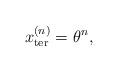
LaTeX: \begin{align*}x^{(n)}_\mathrm{ter} = \theta^n,\end{align*}